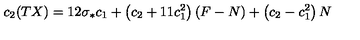
c _ { 2 } ( T X ) = 1 2 \sigma _ { * } c _ { 1 } + \left( c _ { 2 } + 1 1 c _ { 1 } ^ { 2 } \right) ( F - N ) + \left( c _ { 2 } - c _ { 1 } ^ { 2 } \right) N